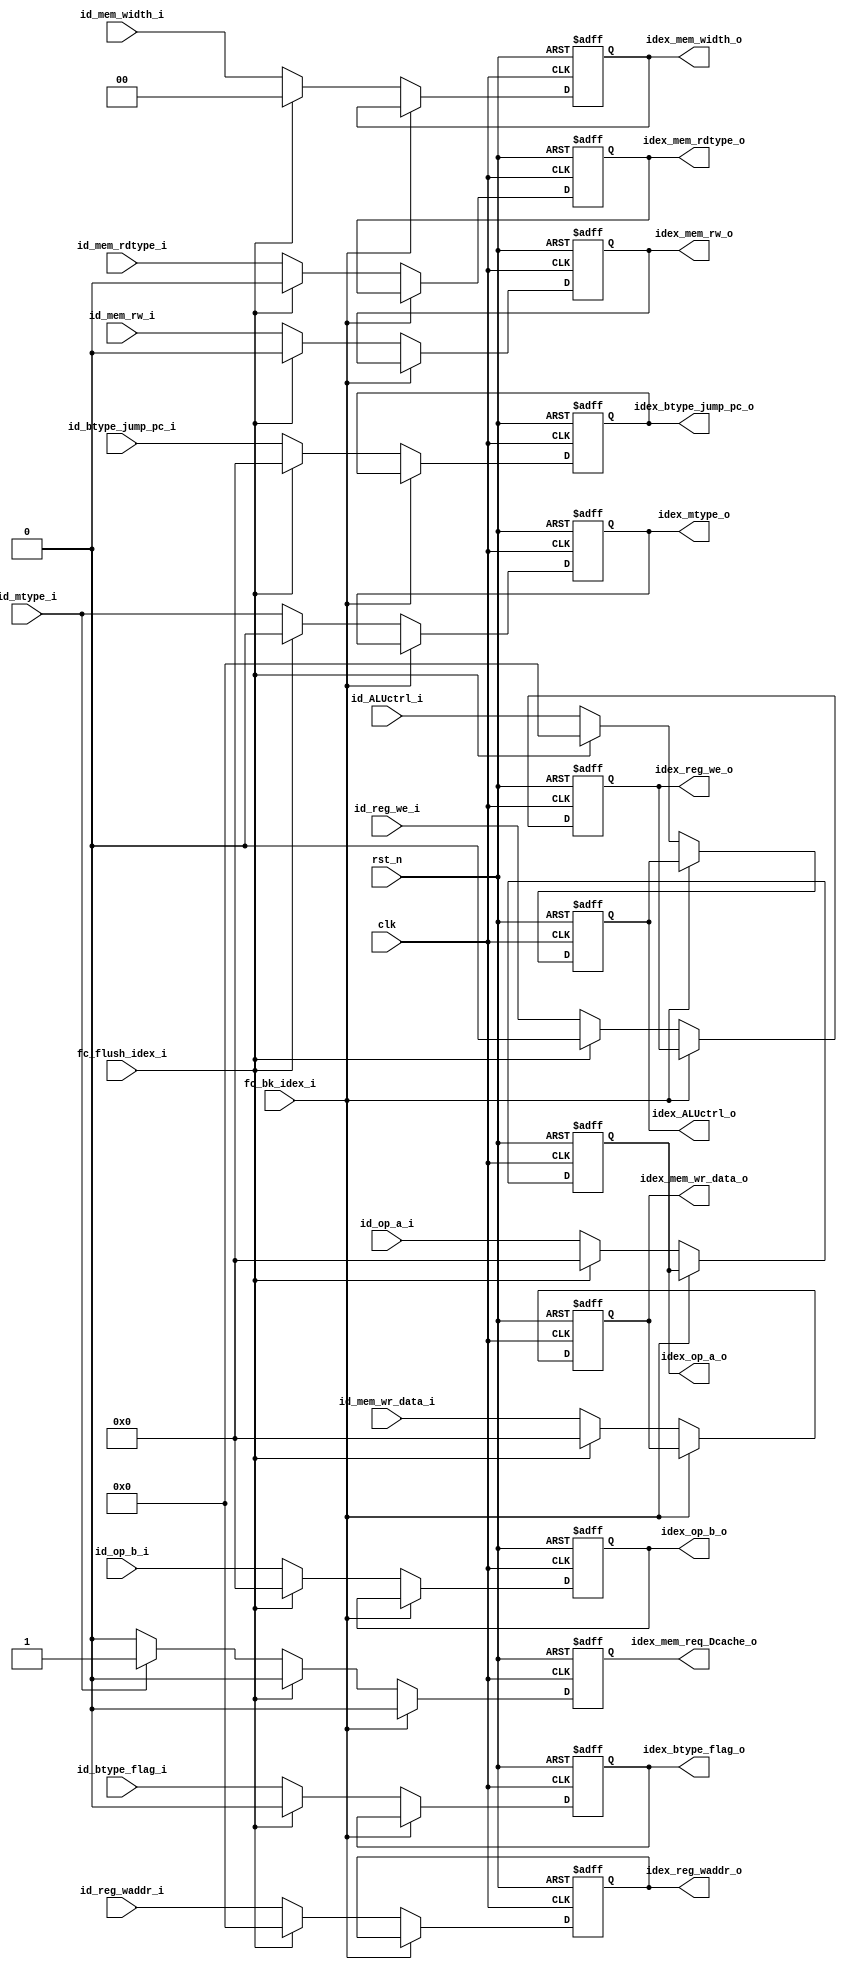
module id_ex_reg (
    input   wire                    clk,
    input   wire                    rst_n,
    //from id
    input   wire            [31:0]  id_op_a_i,
    input   wire            [31:0]  id_op_b_i,
    input   wire            [4:0]   id_reg_waddr_i,
    input   wire                    id_reg_we_i,

    input   wire            [4:0]   id_ALUctrl_i,
    input   wire                    id_btype_flag_i,
    input   wire            [31:0]  id_btype_jump_pc_i,

    input   wire                    id_mtype_i,  
    input   wire                    id_mem_rw_i, 
    input   wire            [1:0]   id_mem_width_i,
    input   wire            [31:0]  id_mem_wr_data_i,
    input   wire                    id_mem_rdtype_i,
    //to ex                 
    output  reg             [31:0]  idex_op_a_o,
    output  reg             [31:0]  idex_op_b_o,
    output  reg             [4:0]   idex_reg_waddr_o,
    output  reg                     idex_reg_we_o,

    output  reg             [4:0]   idex_ALUctrl_o,
    output  reg                     idex_btype_flag_o,
    output  reg             [31:0]  idex_btype_jump_pc_o,

    output  reg                     idex_mtype_o,          
    output  reg                     idex_mem_rw_o,          
    output  reg             [1:0]   idex_mem_width_o,      
    output  reg             [31:0]  idex_mem_wr_data_o,   
    output  reg                     idex_mem_rdtype_o,    

    output  reg                     idex_mem_req_Dcache_o,
    //from fc
    input   wire                    fc_flush_idex_i,
    input   wire                    fc_bk_idex_i
);




    always@(posedge clk or negedge rst_n)begin

        if(rst_n == 1'b0)begin
            idex_op_a_o <= 32'h0;
            idex_op_b_o <= 32'h0;
            idex_reg_waddr_o <= 5'h0;
            idex_reg_we_o <= 1'b0;

            idex_ALUctrl_o <= 5'b0;
            idex_btype_flag_o <= 1'b0;
            idex_btype_jump_pc_o <= 32'h0;

            idex_mtype_o <= 1'b0;
            idex_mem_rw_o <= 1'b0;
            idex_mem_width_o <= 2'b0;
            idex_mem_wr_data_o <= 32'h0;
            idex_mem_rdtype_o <= 1'b0;

            idex_mem_req_Dcache_o <= 1'b0;
        end
        else if(fc_bk_idex_i == 1'b1)begin
            idex_op_a_o <= idex_op_a_o;
            idex_op_b_o <= idex_op_b_o;
            idex_reg_waddr_o <= idex_reg_waddr_o;
            idex_reg_we_o <= idex_reg_we_o;

            idex_ALUctrl_o <= idex_ALUctrl_o;
            idex_btype_flag_o <= idex_btype_flag_o;
            idex_btype_jump_pc_o <= idex_btype_jump_pc_o;

            idex_mtype_o <= idex_mtype_o;
            idex_mem_rw_o <= idex_mem_rw_o;
            idex_mem_width_o <= idex_mem_width_o;
            idex_mem_wr_data_o <= idex_mem_wr_data_o;
            idex_mem_rdtype_o <= idex_mem_rdtype_o;

            idex_mem_req_Dcache_o <= 1'b0;
        end
        else if(fc_flush_idex_i == 1'b1)begin
            idex_op_a_o <= 32'h0;
            idex_op_b_o <= 32'h0;
            idex_reg_waddr_o <= 5'h0;
            idex_reg_we_o <= 1'b0;

            idex_ALUctrl_o <= 5'b0;
            idex_btype_flag_o <= 1'b0;
            idex_btype_jump_pc_o <= 32'h0;

            idex_mtype_o <= 1'b0;
            idex_mem_rw_o <= 1'b0;
            idex_mem_width_o <= 2'b0;
            idex_mem_wr_data_o <= 32'h0;
            idex_mem_rdtype_o <= 1'b0;

            idex_mem_req_Dcache_o <= 1'b0;
        end
        else begin
            idex_op_a_o <= id_op_a_i;
            idex_op_b_o <= id_op_b_i;
            idex_reg_waddr_o <= id_reg_waddr_i;
            idex_reg_we_o <= id_reg_we_i;

            idex_ALUctrl_o <= id_ALUctrl_i;
            idex_btype_flag_o <= id_btype_flag_i;
            idex_btype_jump_pc_o <= id_btype_jump_pc_i;

            idex_mtype_o <= id_mtype_i;
            idex_mem_rw_o <= id_mem_rw_i;
            idex_mem_width_o <= id_mem_width_i;
            idex_mem_wr_data_o <= id_mem_wr_data_i;
            idex_mem_rdtype_o <= id_mem_rdtype_i;

            if(id_mtype_i == 1'b1)
                idex_mem_req_Dcache_o <= 1'b1;
            else 
                idex_mem_req_Dcache_o <= 1'b0;
        end

    end



endmodule